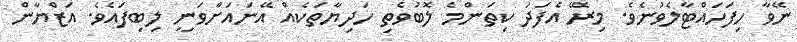
ނޭވާ ހިފަހައްޓާލެވުނެވެ. މިރޭ އެފަދަ ކިތަންމެ ލޮބުވެތި ހަދިޔާތަކެއް އޭނައަށްވަނީ ލިބިފައެވެ. އަޒްޔާން